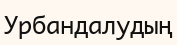
Урбандалудың